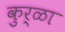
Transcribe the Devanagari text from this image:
कुर्ळा